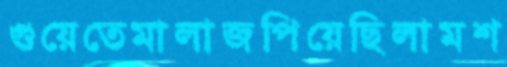
গুয়েতেমালাজপিয়েছিলামশ